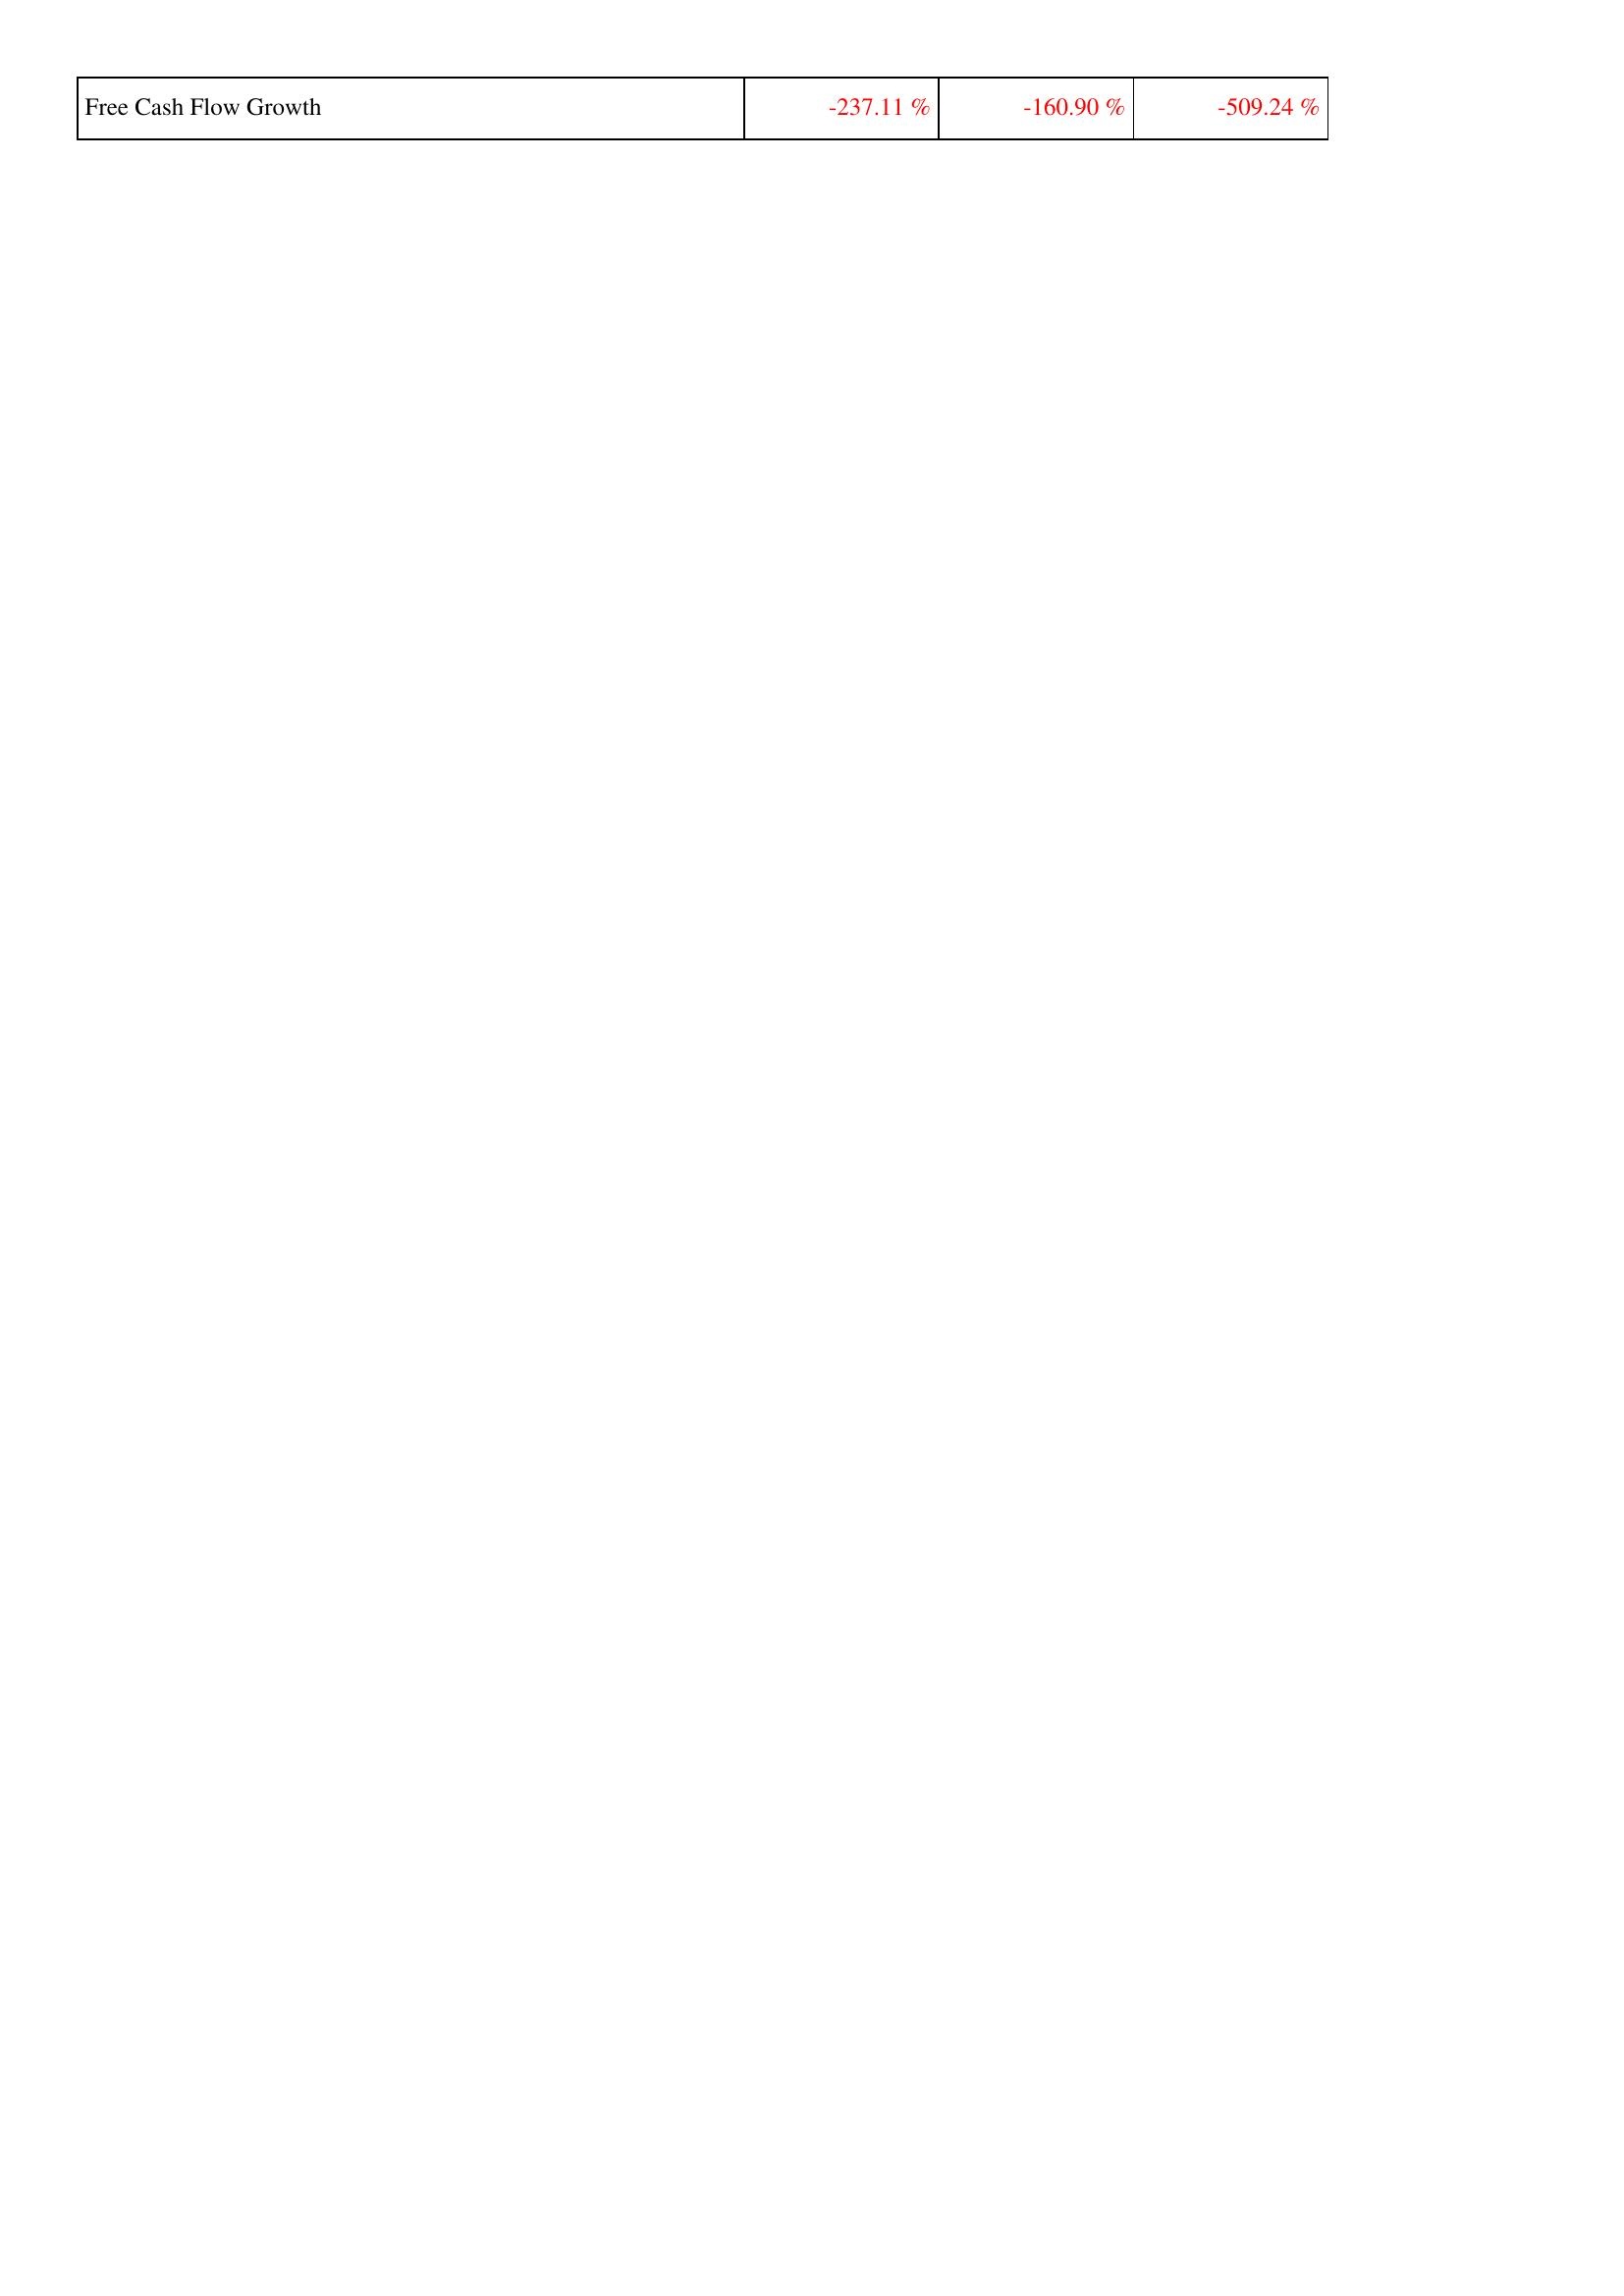
2018: Financing Activities: Free Cash Flow Growth: -237.11 %
2017: Financing Activities: Free Cash Flow Growth: -160.90 %
2016: Financing Activities: Free Cash Flow Growth: -509.24 %